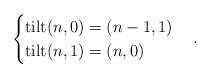
LaTeX: \begin{align*}\begin{cases} \mathrm{tilt}(n,0)=(n-1,1) \\ \mathrm{tilt}(n,1)=(n,0) \end{cases}. \end{align*}